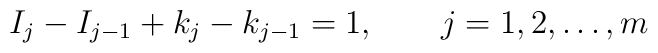
I_j-I_{j-1}+k_j-k_{j-1}=1,\qquad j=1,2,\ldots,m